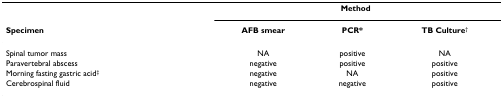
|  | <COLSPAN=3> Method |
 | Specimen | AFB smear | PCR* | TB Culture† |
 | --- | --- | --- | --- |
 | Spinal tumor mass | NA | positive | NA |
 | Paravertebral abscess | negative | positive | positive |
 | Morning fasting gastric acid‡ | negative | NA | positive |
 | Cerebrospinal fluid | negative | negative | positive |